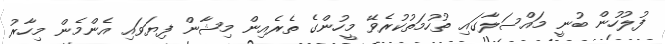
ފުލުހުން ބުނީ މައްސަލާގައި ތުހުމަތުކުރެވޭ މީހުންގެ ތެރެއިން މިޝާން ފިޔަވައި އެންމެން މިހާރު